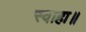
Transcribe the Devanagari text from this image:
स्वाहा॥